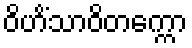
ဝိဟိံသာဝိတက္ကော